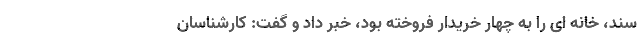
سند، خانه ای را به چهار خریدار فروخته بود، خبر داد و گفت: کارشناسان